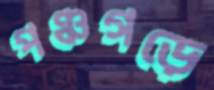
পঞ্চগড়ে